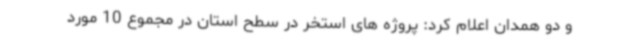
و دو همدان اعلام کرد: پروژه های استخر در سطح استان در مجموع 10 مورد